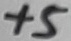
Text: +5